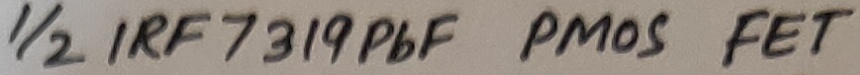
Text: 1/2 IRF 7319PbF PMOS FET